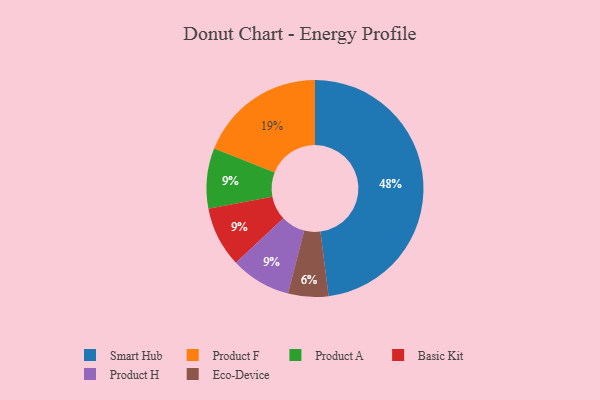
{"axis": {"x": "Category", "y": "Percentage"}, "legend": ["Basic Kit", "Eco-Device", "Product A", "Product F", "Product H", "Smart Hub"], "data": [{"x": "Product F", "y": 19, "type": "Product F"}, {"x": "Product A", "y": 9, "type": "Product A"}, {"x": "Smart Hub", "y": 48, "type": "Smart Hub"}, {"x": "Eco-Device", "y": 6, "type": "Eco-Device"}, {"x": "Basic Kit", "y": 9, "type": "Basic Kit"}, {"x": "Product H", "y": 9, "type": "Product H"}]}